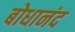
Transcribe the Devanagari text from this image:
बोधानंद